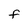
Character: F